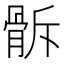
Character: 𩨯